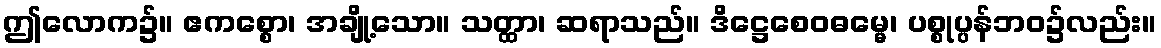
ဤလောက၌။ ဧကစ္စော၊ အချို့သော။ သတ္ထာ၊ ဆရာသည်။ ဒိဋ္ဌေစေဝဓမ္မေ၊ ပစ္စုပ္ပန်ဘဝ၌လည်း။